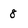
Character: 8